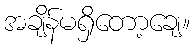
အချိန်မရှိတော့ချေ။